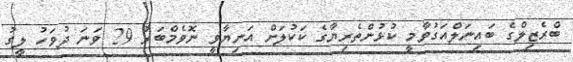
ބްރެޒިލްގެ ބައިނަލްއަގުވާމީ ކުޅުންތެރިޔާގެ ކަކުލަށް އަނިޔާވީ ނޮވެމްބަރު 29 ވަނަ ދުވަހު ލީގު